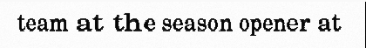
team at the season opener at